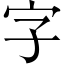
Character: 字